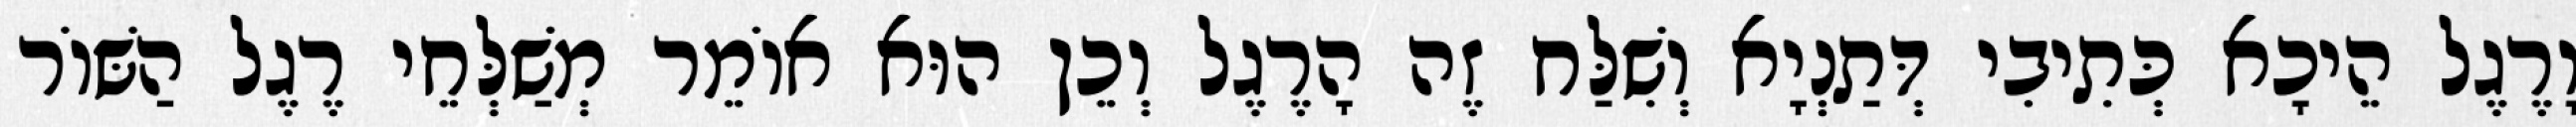
וָרֶגֶל הֵיכָא כְּתִיבִי דְּתַנְיָא וְשִׁלַּח זֶה הָרֶגֶל וְכֵן הוּא אוֹמֵר מְשַׁלְּחֵי רֶגֶל הַשּׁוֹר